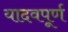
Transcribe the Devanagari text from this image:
यादवपूर्ण